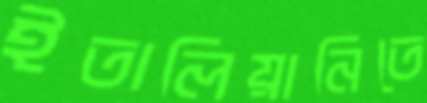
ইতালিয়ানিতে